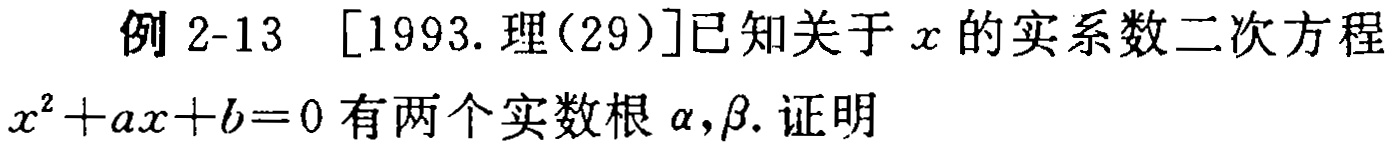
例 2-13 [1993. 理(29)]已知关于 \(x\) 的实系数二次方程 \(x^{2}+ax + b = 0\) 有两个实数根 \(\alpha,\beta\). 证明